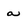
Character: a